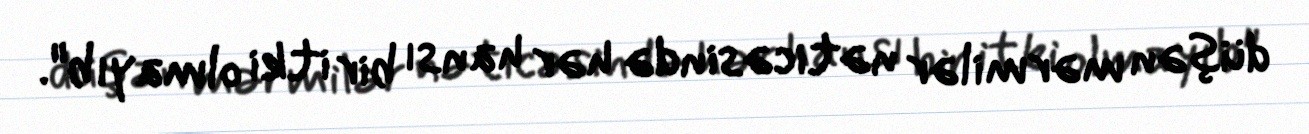
düşən mərmilər nəticəsində hər hansı bir itki olmayıb".